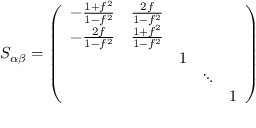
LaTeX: S _ { \alpha \beta } = \left( \begin{array} { c c c c c } { { - \frac { 1 + f ^ { 2 } } { 1 - f ^ { 2 } } } } & { { \frac { 2 f } { 1 - f ^ { 2 } } } } & { { } } & { { } } & { { } } \\ { { - \frac { 2 f } { 1 - f ^ { 2 } } } } & { { \frac { 1 + f ^ { 2 } } { 1 - f ^ { 2 } } } } & { { } } & { { } } & { { } } \\ { { } } & { { } } & { { 1 } } & { { } } & { { } } \\ { { } } & { { } } & { { } } & { { \ddots } } & { { } } \\ { { } } & { { } } & { { } } & { { } } & { { 1 } } \end{array} \right)